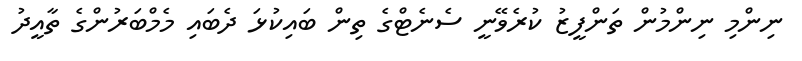
ނިންމި ނިންމުންް ތަންފީޒު ކުރެވޭނީ ސެނެޓްގެ ތިން ބައިކުޅަ ދެބައި މެމްބަރުންްގެ ތާއީދު